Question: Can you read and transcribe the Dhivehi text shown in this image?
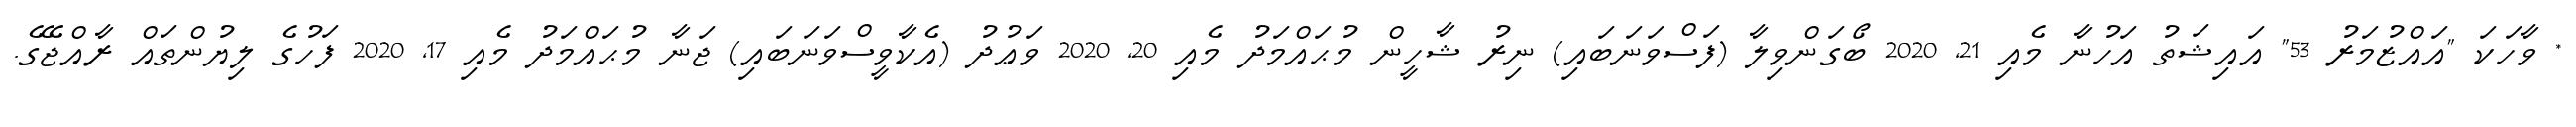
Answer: * ވާހަކަ "އައްޒުމަރު 53" އައިޝަތު އަހުނާ މެއި 21, 2020 ބޯގަންވިލާ (ފަސްވަނަބައި) ނިރު ޝާހީން މުޙައްމަދު މެއި 20, 2020 ވަޢުދު (އެކާވީސްވަނަބައި) ޖަނާ މުޙައްމަދު މެއި 17, 2020 ފަހުގެ ލިޔުންތައް ރާއްޖޭގެ.